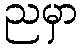
ညမှာ